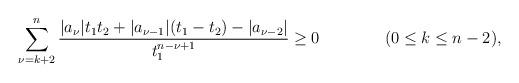
LaTeX: \begin{align*}\sum_{\nu=k+2}^{n}\dfrac{|a_\nu| t_1t_2+|a_{\nu-1}|(t_1-t_2)-|a_{\nu-2}|}{t_1^{n-\nu+1}}\geq 0\qquad\qquad(0\leq k\leq n-2),\end{align*}